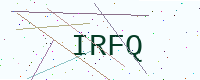
Text: IRFQ